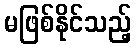
မဖြစ်နိုင်သည့်